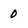
Character: 0